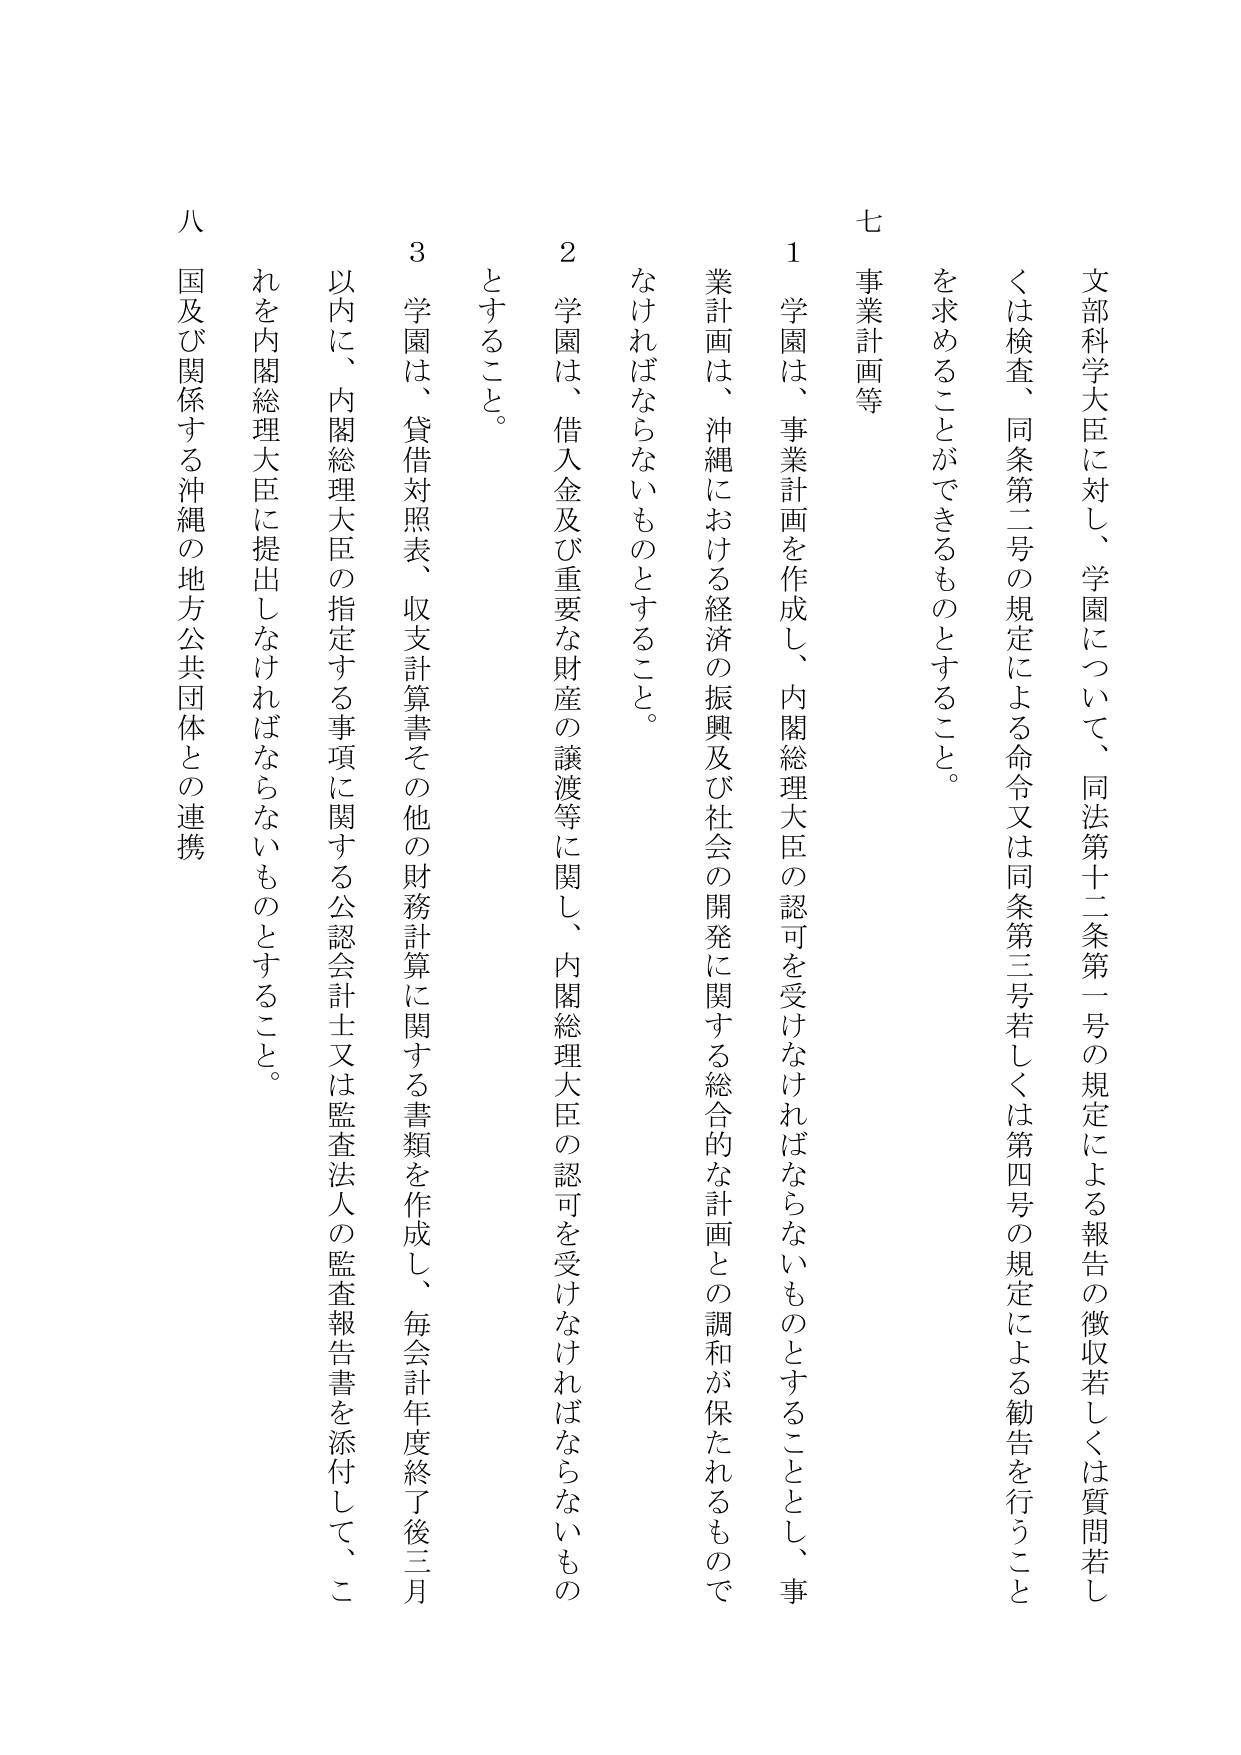
文部科学大臣に対し、学園について、同法第十二条第一号の規定による報告の徴収若しくは検査、同条第二号の規定による命令又は同条第三号若しくは第四号の規定による勧告を行うこと
を求めることができるものとすること。

七 事業計画等

１ 学園は、事業計画を作成し、内閣総理大臣の認可を受けなければならないものとすることとし、事業計画は、沖縄における経済の振興及び社会の開発に関する総合的な計画との調和が保たれるものでなければならないものとすること。

２ 学園は、借入金及び重要な財産の譲渡等に関し、内閣総理大臣の認可を受けなければならないものとすること。

３ 学園は、貸借対照表、収支計算書その他の財務計算に関する書類を作成し、毎会計年度終了後三月以内に、内閣総理大臣の指定する事項に関する公認会計士又は監査法人の監査報告書を添付して、これを内閣総理大臣に提出しなければならないものとすること。

八 国及び関係する沖縄の地方公共団体との連携